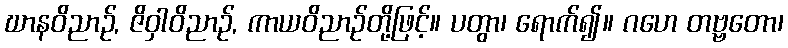
ဃာနဝိညာဉ်, ဇိဝှါဝိညာဉ်, ကာယဝိညာဉ်တို့ဖြင့်။ ပတွာ၊ ရောက်၍။ ဂဟေ တဗ္ဗတော၊